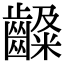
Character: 𪙙